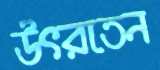
উৎরতেন